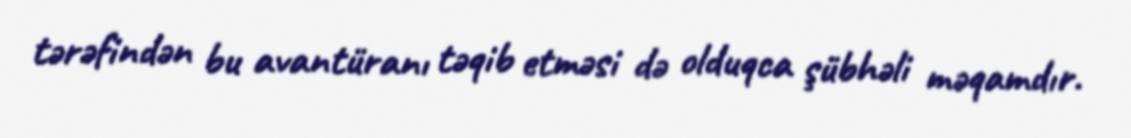
tərəfindən bu avantüranı təqib etməsi də olduqca şübhəli məqamdır.